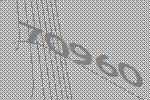
70960